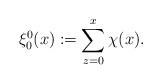
LaTeX: \begin{align*} \xi_{0}^0(x):=\sum_{z=0}^x \chi(x).\end{align*}